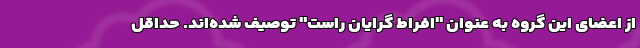
از اعضای این گروه به عنوان "افراط گرایان راست" توصیف شده‌اند. حداقل